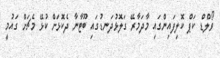
ވޯލްޑް ކަޕް ކޮލިފައިންގައި މާދަމާރޭ ގަލޮޅުދަނޑުގައި ބޫޓާނާ ދެކޮޅަށް ކުޅޭ މެޗަށް ގައުމީ